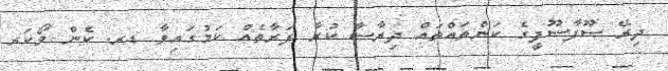
ދިރޭ ސޫފާސޫފީގެ ކަންތައްތައް ދިރާސާ ކުރާ ފަރާތެއް ކަމުގައިވާ ޑރ. ކެން ވޯކަރ